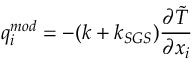
q _ { i } ^ { m o d } = - ( k + k _ { S G S } ) \frac { \partial \tilde { T } } { \partial x _ { i } }